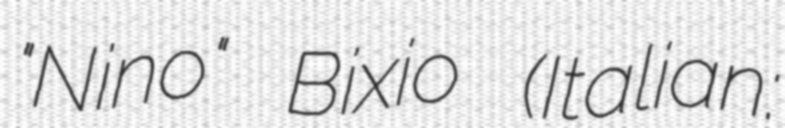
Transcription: "Nino" Bixio (Italian: